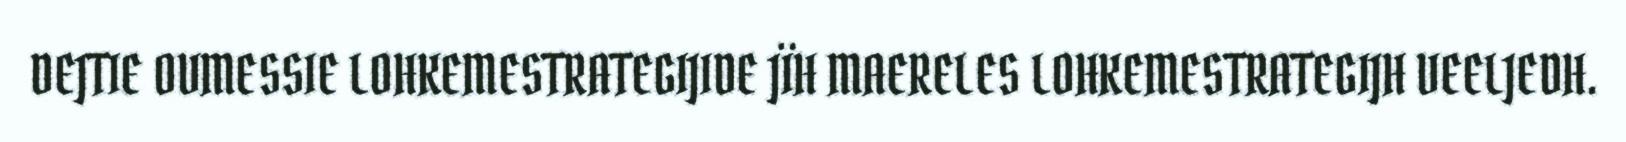
DEJTIE OVMESSIE LOHKEMESTRATEGIJIDE JÏH MAERELES LOHKEMESTRATEGIJH VEELJEDH.